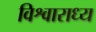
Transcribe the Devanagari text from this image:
विश्वाराध्य